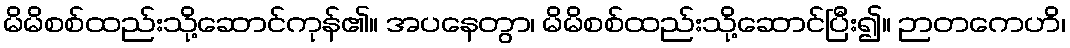
မိမိစစ်ထည်းသို့ဆောင်ကုန်၏။ အပနေတွာ၊ မိမိစစ်ထည်းသို့ဆောင်ပြီး၍။ ဉာတကေဟိ၊